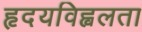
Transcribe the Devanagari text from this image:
हृदयविह्वलता